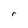
Character: r